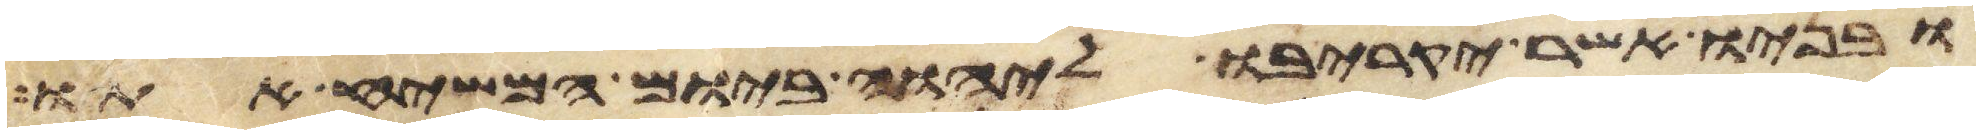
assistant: ובניו אשר יקריבו ליהוה ביום המשיח אתו